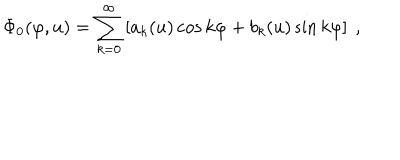
LaTeX: \Phi _ { 0 } ( \varphi , u ) = \sum _ { k = 0 } ^ { \infty } \left[ a _ { k } ( u ) \cos k \varphi + b _ { k } ( u ) \sin k \varphi \right] ~ ,